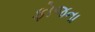
ફોજના